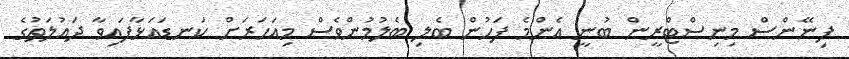
ފިނޭންސް މިނިސްޓްރީން ބުނީ އެންމެ ފަހުން ބެލި ބެލުމުންވެސް މިއަހަރަށް ކަނޑައަޅާފައިވާ ދައުލަތުގެ